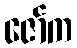
ဇော်က